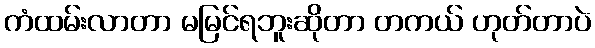
ကံထမ်းလာတာ မမြင်ရဘူးဆိုတာ တကယ် ဟုတ်တာပဲ